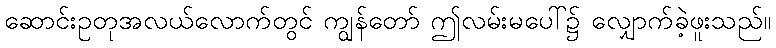
ဆောင်းဥတုအလယ်လောက်တွင် ကျွန်တော် ဤလမ်းမပေါ်၌ လျှောက်ခဲ့ဖူးသည်။